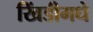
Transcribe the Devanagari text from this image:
खिंडीमधे